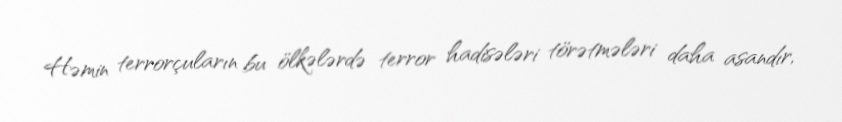
Həmin terrorçuların bu ölkələrdə terror hadisələri törətmələri daha asandır,